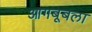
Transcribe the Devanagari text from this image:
आगबूबला